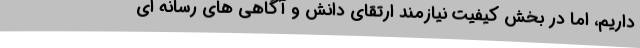
داریم، اما در بخش کیفیت نیازمند ارتقای دانش و آگاهی های رسانه ای